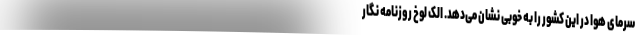
سرمای هوا در این کشور را به خوبی نشان می‌دهد. الک لوخ روزنامه نگار